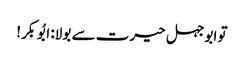
تو ابوجہل حیرت سے بولا: ابُوبکر!